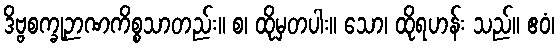
ဒိဗ္ဗစက္ခုဉာဏကိစ္စသာတည်း။ စ၊ ထိုမှတပါး။ သော၊ ထိုရဟန်း သည်။ ဧဝံ၊